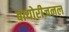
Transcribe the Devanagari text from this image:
बायोरीजनल